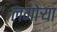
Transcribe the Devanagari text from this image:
लगोर्‍या